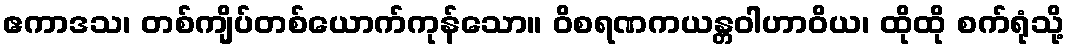
ဧကာဒသ၊ တစ်ကျိပ်တစ်ယောက်ကုန်သော။ ဝိစရဏကယန္တဝါဟာဝိယ၊ ထိုထို စက်ရုံသို့